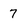
Character: 7